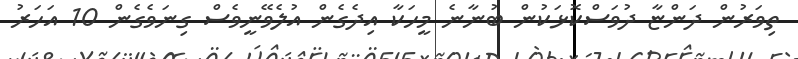
ތިވަރުން ދަންޏާ ދުވަސްކޮޅަކުން ބުނާނެ މީހަކާ އިދެގެން އުލެވޭނީވެސް ގިނަވެގެން 10 އަހަރު